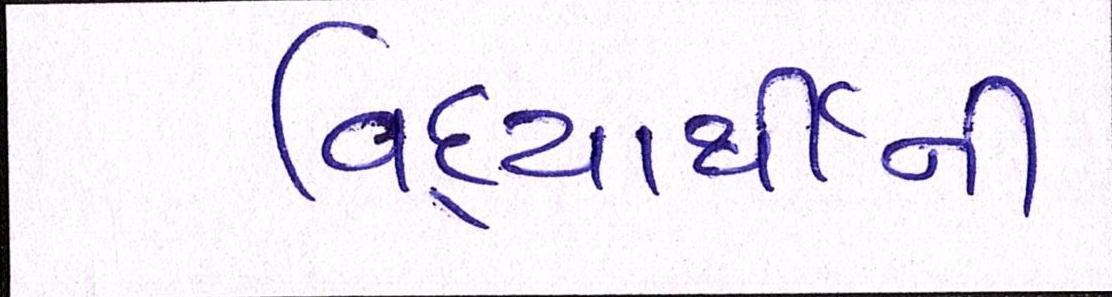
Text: વિદ્યાર્થીની